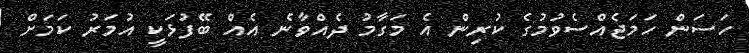
ހަސަން ހަމަޖެއްސެވުމުގެ ކުރިން އެ މަގާމު ދެއްވާނެ އެއް ބޭފުޅަކީ އުމަރު ކަމަށް